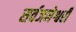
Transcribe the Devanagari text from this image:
सर्वजनेश्वरी